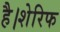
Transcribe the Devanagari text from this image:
है।शेरिफ